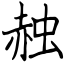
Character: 赨